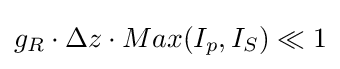
g_{R}\cdot \Delta z\cdot Max(I_{p},I_{S})\ll 1